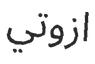
ازوتي